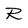
Character: R